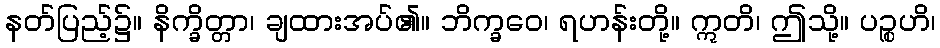
နတ်ပြည့်၌။ နိက္ခိတ္တာ၊ ချထားအပ်၏။ ဘိက္ခဝေ၊ ရဟန်းတို့။ ဣတိ၊ ဤသို့။ ပဉ္စဟိ၊